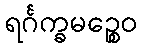
ရင်္ဂက္ခမဉ္စေဝ